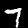
Label: 7